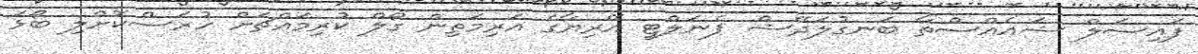
ފައިސަލް ޝައެއްސްތާ ބަނގުލަދޭޝް ޕެނަލްޓީ އޭރިޔާގެ އަރިމަތިން ގޯލް ކުރިމައްޗަށް ހުރަސްކޮށްލި ބޯޅަ